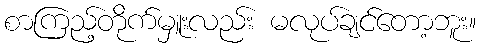
စာကြည့်တိုက်မှူးလည်း မလုပ်ချင်တော့ဘူး။